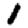
Digit: 1